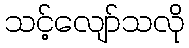
သင့်လျော်သလို